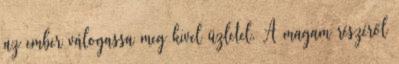
az ember válogassa meg kivel üzletel. A magam részéről